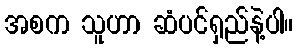
အစက သူဟာ ဆံပင်ရှည်နဲ့ပါ။